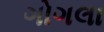
ગોગલા